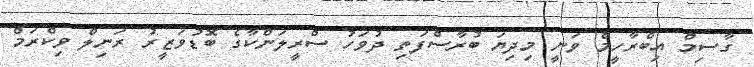
ގާސިމް އިބްރާހީމް ވަނީ މިދިޔަ ބުރާސްފަތި ދުވަހު ސްރީލަންކާގެ ބޮޑުވަޒީރު ރަނިލް ވިކްރަމް